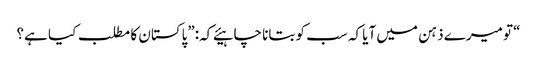
“تو میرے ذہن میں آیا کہ سب کو بتانا چاہیئے کہ:”پاکستان کا مطلب کیا ہے؟